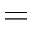
=